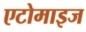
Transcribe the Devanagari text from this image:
एटोमाइज